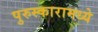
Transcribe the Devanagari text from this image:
पुरुस्कारामध्ये